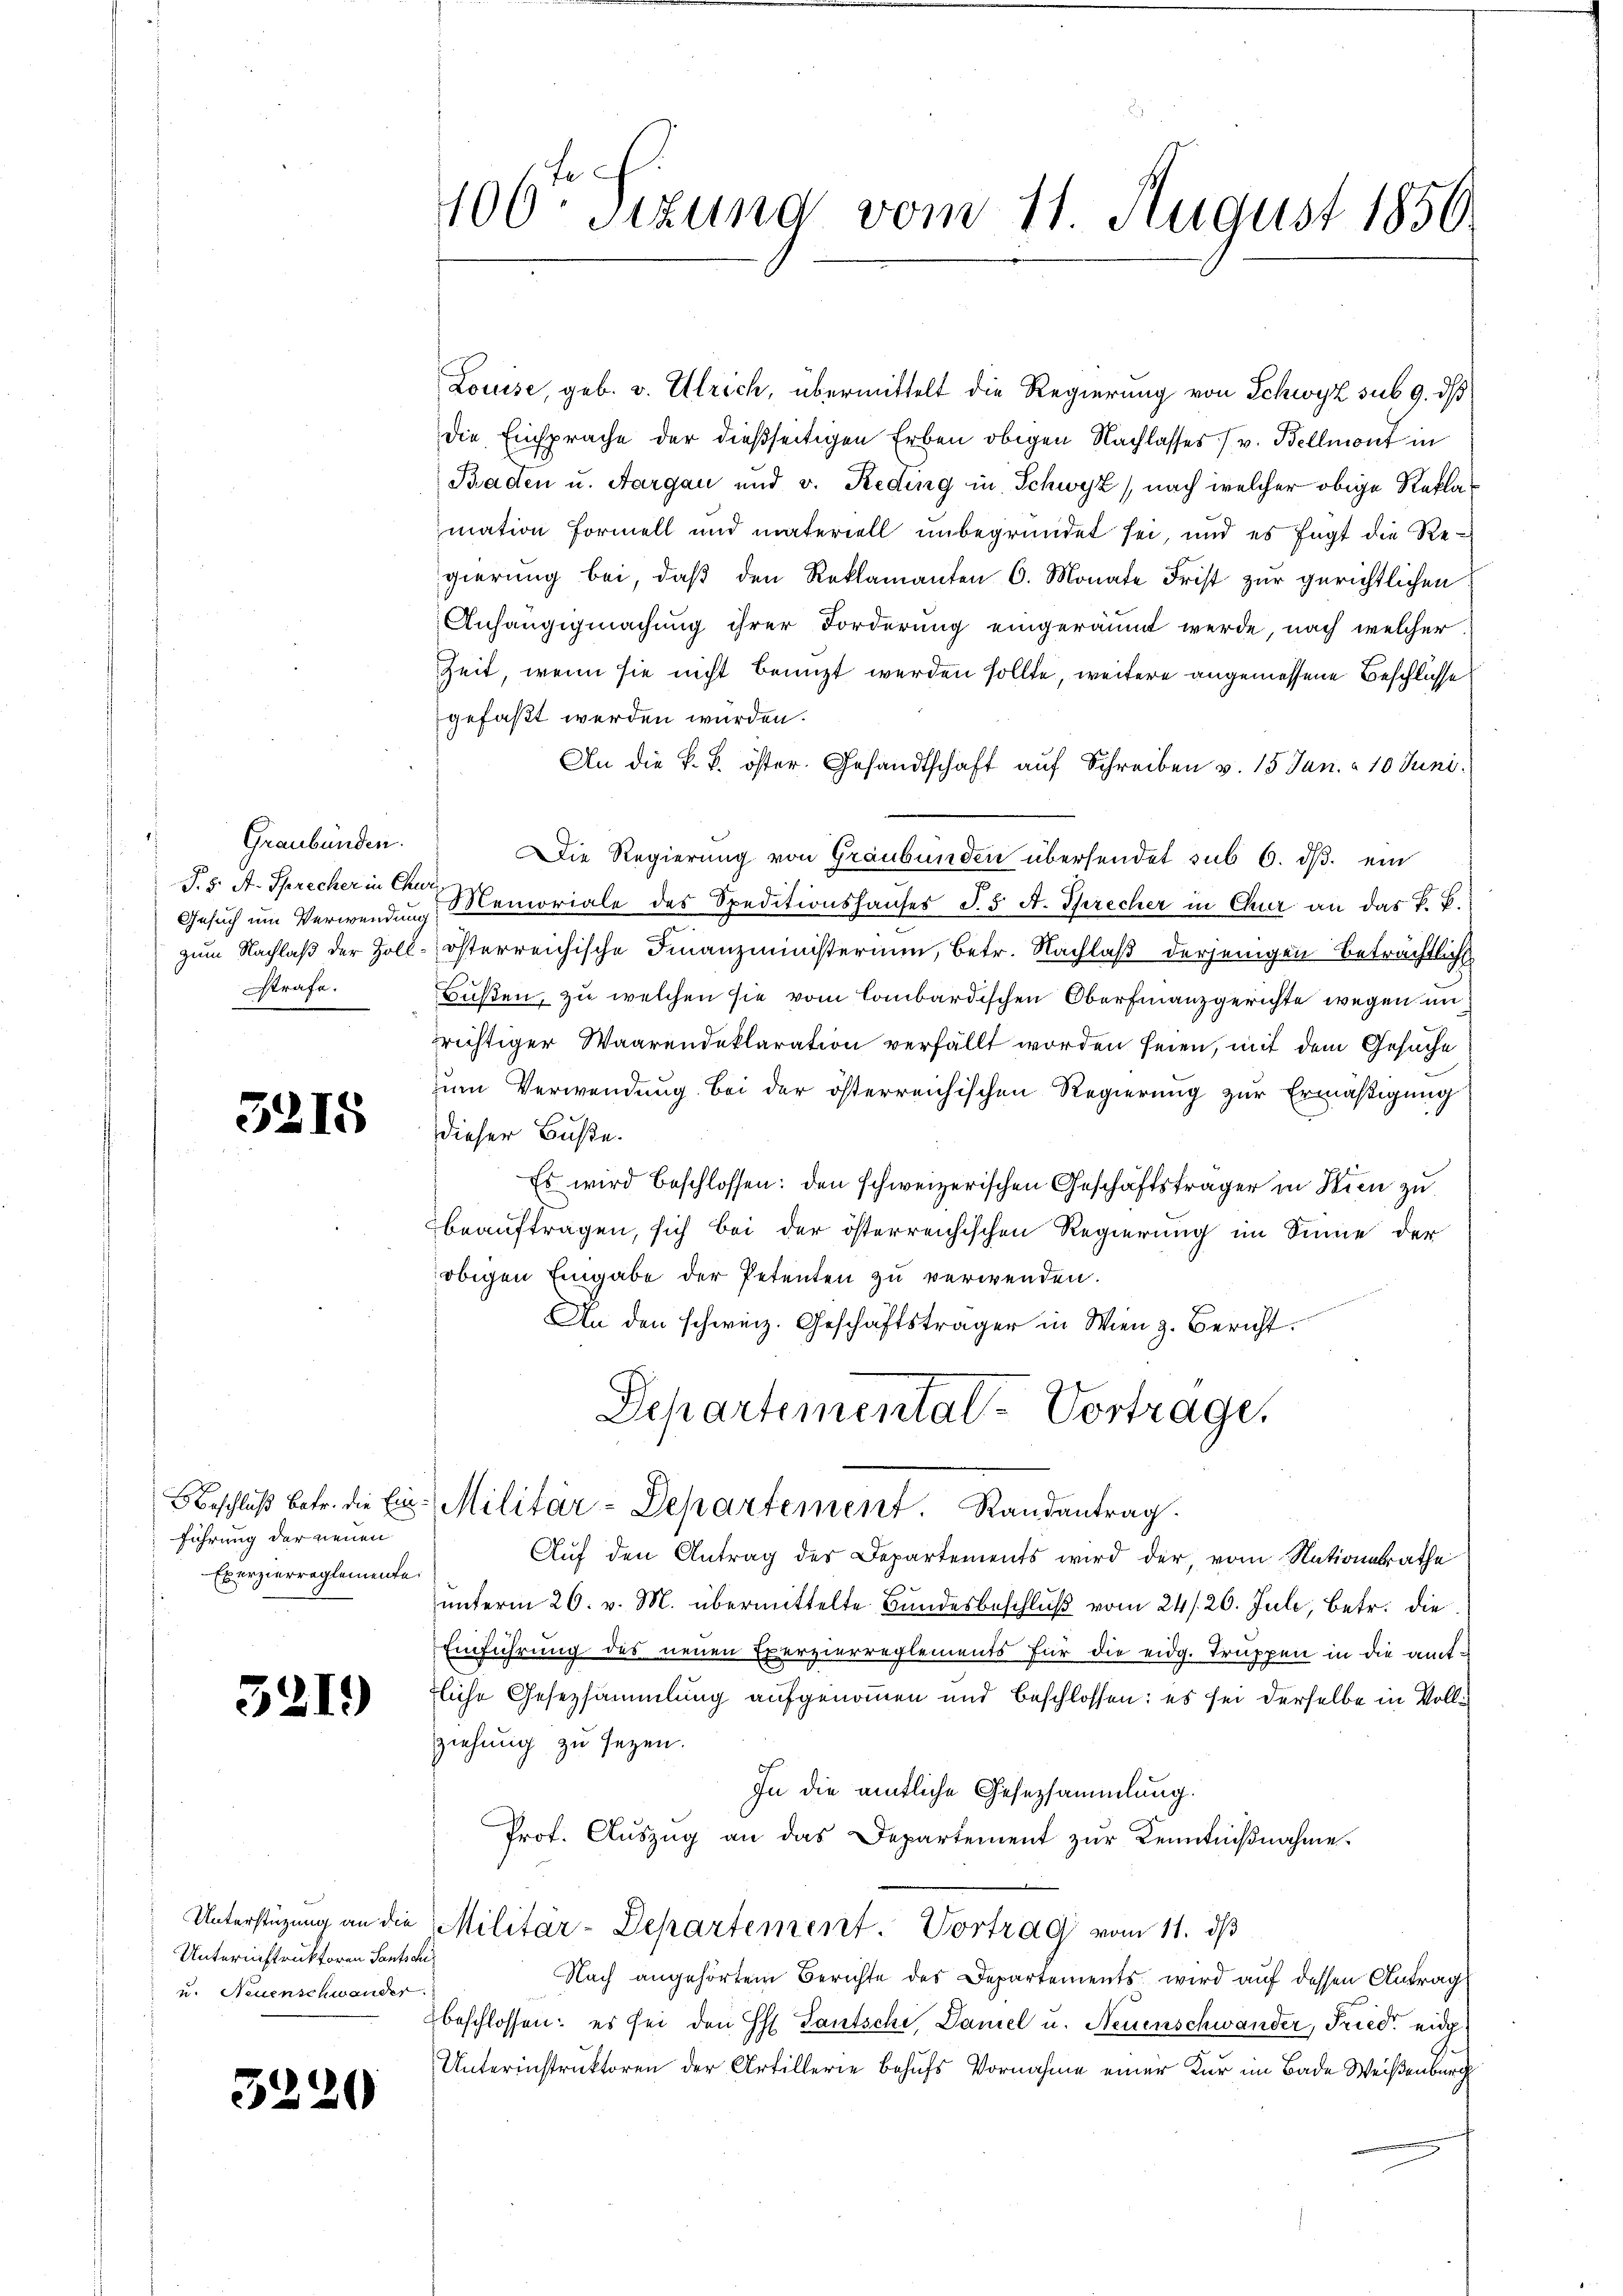
Graubünden.
T. 5. A. Sprecher in Chur
strafe.

5215

führung der neuen
Exerzierreglemente.

3219)

Unterinstruktoren Santsc
u. Neuenschwander.

3220

Louise, geb. v. Ulrich, übermittelt die Regierung von Schwyz sub 9. dß
die Einsprache der dießseitigen Erben obigen Nachlasses (v. Bellmont in
Baden u. Aargau und v. Reding in Schwyz, nach welcher obige Reklamation Formell und materiell unbegründet sei, und es fügt die Regierung bei, daß den Reklamanten 6. Monate Frist zur gerichtlichen
Anhängigmachung ihrer Forderung eingeräumt werde, nach welcher
Zeit, wenn sie nicht benuzt werden sollte, weitere angemessene Beschlusse
gefaßt werden würden.
An die k. k. öster. Gesandtschaft auf Schreiben v. 13 Jan. à 10 Juni.
Die Regierung von Graubünden übersendet sub 6. dβ ein
Gesuch um Verwendung Blemoriale des Speditionshauses S. 5 A. Sprecher in Chur an das K. B.
zum Nachlaß der Zoll-österreichische Finanzministerium, betr. Nachlaß derjenigen Beträchtliche
Bußen, zu welchen sie vom lombardischen Oberfinanzgerichte wegen im
zrichtiger Waarendeklaration verfällt worden seien, mit dem Gesuche
zum Verwendung bei der österreichischen Regierung zur Ermäßigung
dieser Buße.
Es wird beschlossen: den schweizerischen Geschäftsträger in Wien zu
beauftragen, sich bei der österreichischen Regierung im Sinne der
obigen Eingabe der Petenten zu verwenden.
An den schweiz. Geschäftsträger in Wien z. Bericht.
Departemental-Vortrage,
Beschluß betr. die Ein Militär-Departement. Randantrag.
Auf den Antrag der Departements wird der, vom Nationsrathe
unterm 26. v. M. übermittelte Bundesbeschluß vom 24/26. Juli, betr. die
Einführung des neuen Exerzierreglements für die eidg. Truppen in die amttliche Gesetzsammlung aufgenommen und beschlossen: es sei derselbe in Vollziehung zu seyen.
In die amtliche Gesetzsammlung.
Prof. Aŭszŭg an das Departement zŭr Kenntniβnahme.
Unterstüzung an die Militär-Departement. Vortrag vom 11. dβ
Nach angehörtem Berichte des Departements wird auf dessen Antrag
beschlossen: es sei den H. Lantschi, Damel u. Neuenschwander, Fried eidg.
Unterinstruktoren der Artillerie behufs Vornahme einer Kur im Bade Weisenburg

106ten Sizung vom 11. August 1850.